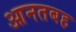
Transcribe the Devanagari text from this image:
आनतबह